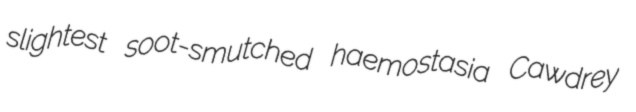
slightest soot-smutched haemostasia Cawdrey